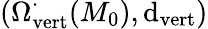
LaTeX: (\Omega_{\operatorname{vert}}^{\cdot}(M_{0}),\mathrm{d}_{\operatorname{vert}})